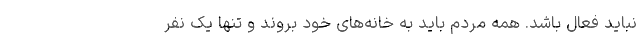
نباید فعال باشد. همه مردم باید به خانه‌های خود بروند و تنها یک نفر